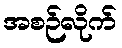
အစဉ်လိုက်